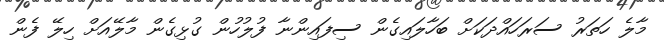
މާލެ ހަތަރު ސަރަހައްދަކަށް ބަހާލައިގެން ސިފައިންނާ ފުލުހުން ގުޅިގެން މާލޭއަށް ހިލޭ ފެން